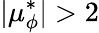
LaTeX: |\mu_{\phi}^{*}|>2